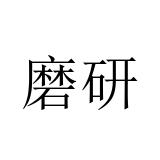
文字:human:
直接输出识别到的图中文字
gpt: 磨研